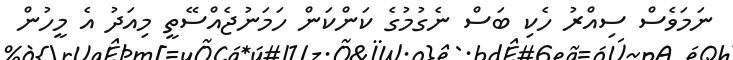
ނަމަވެސް ސިއްރު ހެކި ބަސް ނެގުމުގެ ކަންކަން ހަމަނުޖެއްސޭތީ މިއަދު އެ މީހުން